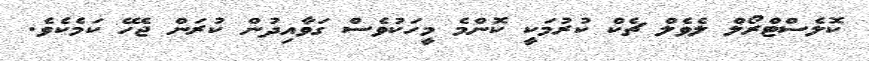
ކޮލެސްޓްރޯލް ލެވެލް ޗެކް ކުރުމަކީ ކޮންމެ މީހަކުވެސް ގަވާއިދުން ކުރަން ޖެހޭ ކަމެކެވެ.